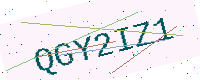
Text: QGY2IZ1